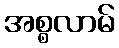
အစ္စလာမ်